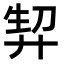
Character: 𭚘